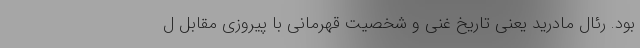
بود. رئال مادرید یعنی تاریخ غنی و شخصیت قهرمانی با پیروزی مقابل ل